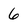
Character: 6